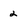
Character: 2